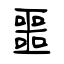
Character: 噩